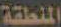
المنطقة